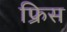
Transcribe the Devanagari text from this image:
फ्रिस